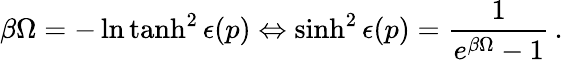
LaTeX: \beta\Omega=-\ln\operatorname{tanh}^{2}\epsilon(p)\Leftrightarrow\sinh^{2}\epsilon(p)=\frac{1}{e^{\beta\Omega}-1}\, {.}